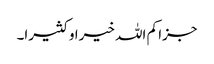
جزا کم اللہ خیرا و کثیرا۔